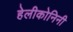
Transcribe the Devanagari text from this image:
हेलीकोनिनी